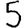
Digit: 5